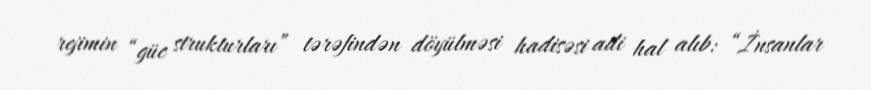
rejimin “güc strukturları” tərəfindən döyülməsi hadisəsi adi hal alıb: “İnsanlar